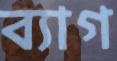
ব্যাগ